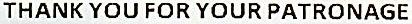
THANK YOU FOR YOUR PATRONAGE